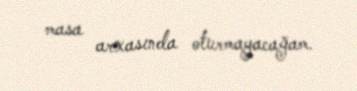
masa arxasında oturmayacağam.